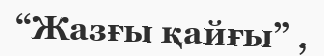
“Жазғы қайғы” ,